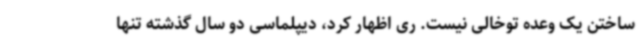
ساختن یک وعده توخالی نیست. ری اظهار کرد، دیپلماسی دو سال گذشته تنها